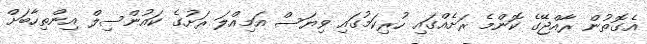
އެގޮތުން ރާއްޖޭގެ ކޮންމެ ރަށެއްގައި ހުރިކަމުގައި ވިޔަސް އަމިއްލަ ރަށުގެ ކައުންސިލް އިންތިހާބަށް